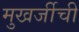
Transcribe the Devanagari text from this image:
मुखर्जीची